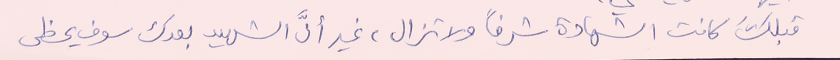
قبلكَ كانت الشهادة شرفاً ولا تزال، غير أنَّ الشهيد بعدك سوف يحظى